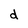
Character: d